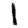
Digit: 1